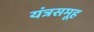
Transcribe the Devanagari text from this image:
यंत्रसमूह